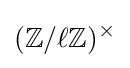
(\mathbb {Z} /\ell \mathbb {Z} )^{\times }